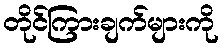
တိုင်ကြားချက်များကို